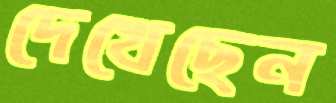
দেখেছেন